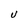
Character: U